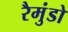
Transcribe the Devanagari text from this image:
रैमुंडो